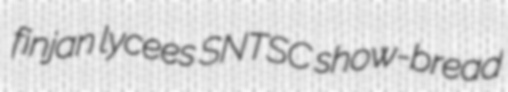
finjan lycees SNTSC show-bread